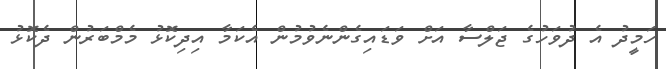
ހަމީދު އެ ދުވަހުގެ ޖަލްސާ އަށް ވަޑައިގެންނެވުމުން އެކަމާ އިދިކޮޅު މެމްބަރުން ދެކޮޅު